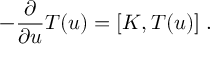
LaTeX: - \frac { \partial } { \partial u } T ( u ) = [ K , T ( u ) ] \; .